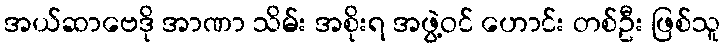
အယ်ဆာဗေဒို အာဏာ သိမ်း အစိုးရ အဖွဲ့ဝင် ဟောင်း တစ်ဦး ဖြစ်သူ